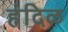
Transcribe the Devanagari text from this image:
हंदिळ